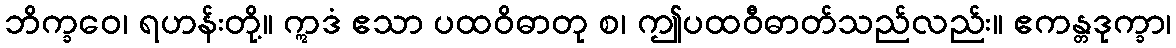
ဘိက္ခဝေ၊ ရဟန်းတို့။ ဣဒံ ဧသာ ပထဝိဓာတု စ၊ ဤပထဝီဓာတ်သည်လည်း။ ဧကန္တဒုက္ခာ၊